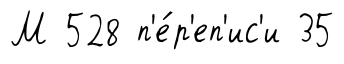
М 528 п'е́р'еп'ис'и 35